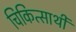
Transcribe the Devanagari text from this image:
चिकित्सार्थी